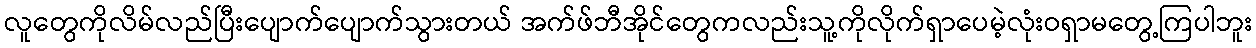
လူတွေကိုလိမ်လည်ပြီးပျောက်ပျောက်သွားတယ် အက်ဖ်ဘီအိုင်တွေကလည်းသူ့ကိုလိုက်ရှာပေမဲ့လုံးဝရှာမတွေ့ကြပါဘူး